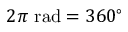
2 \pi { \mathrm { ~ r a d } } = 3 6 0 ^ { \circ }